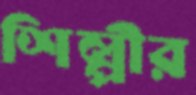
শিল্পীর